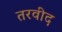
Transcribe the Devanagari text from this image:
तरवीद